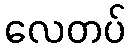
လေတပ်